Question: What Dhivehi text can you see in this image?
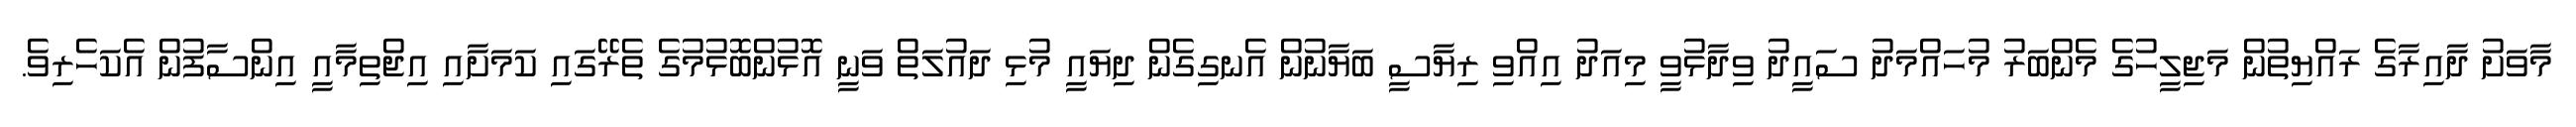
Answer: މާވަށު ދާއިރާގެ ރައްޔިތުން މަޖިލީހުގެ މެންބަރު މުހައްމަދު ސައީދު ވިދާޅުވީ މިއަދު އިއްވި ރިޔާސީ ބަޔާނުން އެނގިގެން ދިޔައީ މުޅި ދައުލަތް ވަނީ އޮޅުންބޮޅުމުގެ ތެރޭގައި ކަމަށާއި އިޖްތިމާއީ އިންސާފުން އެކަހެރިވެ.